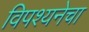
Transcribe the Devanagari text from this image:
विपश्यनेचा